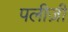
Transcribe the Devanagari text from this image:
पलीज़ी